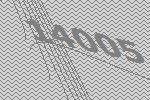
14005